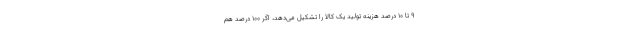
۹ تا ۱۰ درصد هزینه تولید یک کالا را تشکیل می‌دهد، اگر ۱۰۰ درصد هم